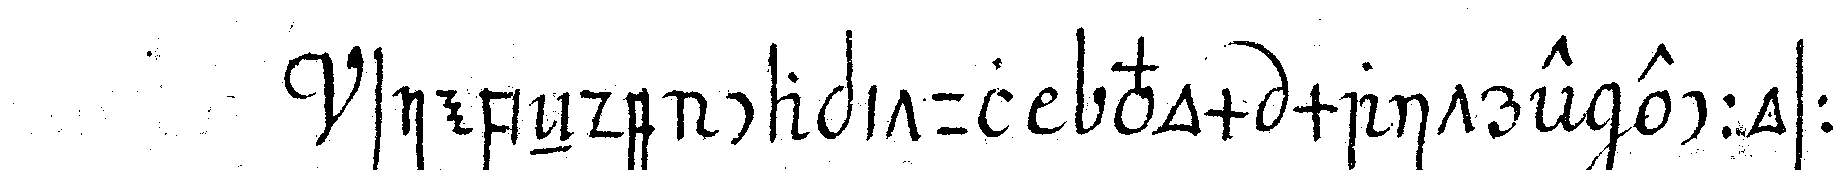
siebeNde capitul vom maitre eccossois